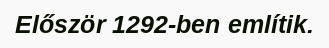
Először 1292-ben említik.